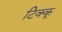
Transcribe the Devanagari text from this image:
टिक्कू